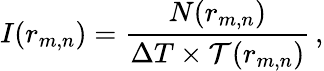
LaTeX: I(r_{m,n})=\frac{N(r_{m,n})}{\Delta T\times\mathcal{T}(r_{m,n})}\, ,